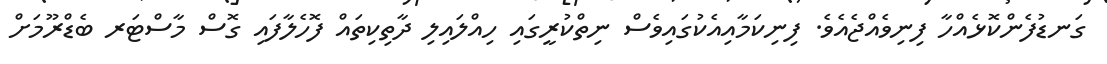
ގަނޑުފެންކޮޅެއްހާ ފިނިވެއްޖެއެވެ. ފިނިކަމާއިއެކުގައިވެސް ނިތްކުރީގައި ހިއްލައިލި ދާތިކިތައް ފޮހެލާފައި ގޮސް މާސްޓަރ ބެޑްރޫމަށް